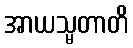
အာယသ္မတာတိ